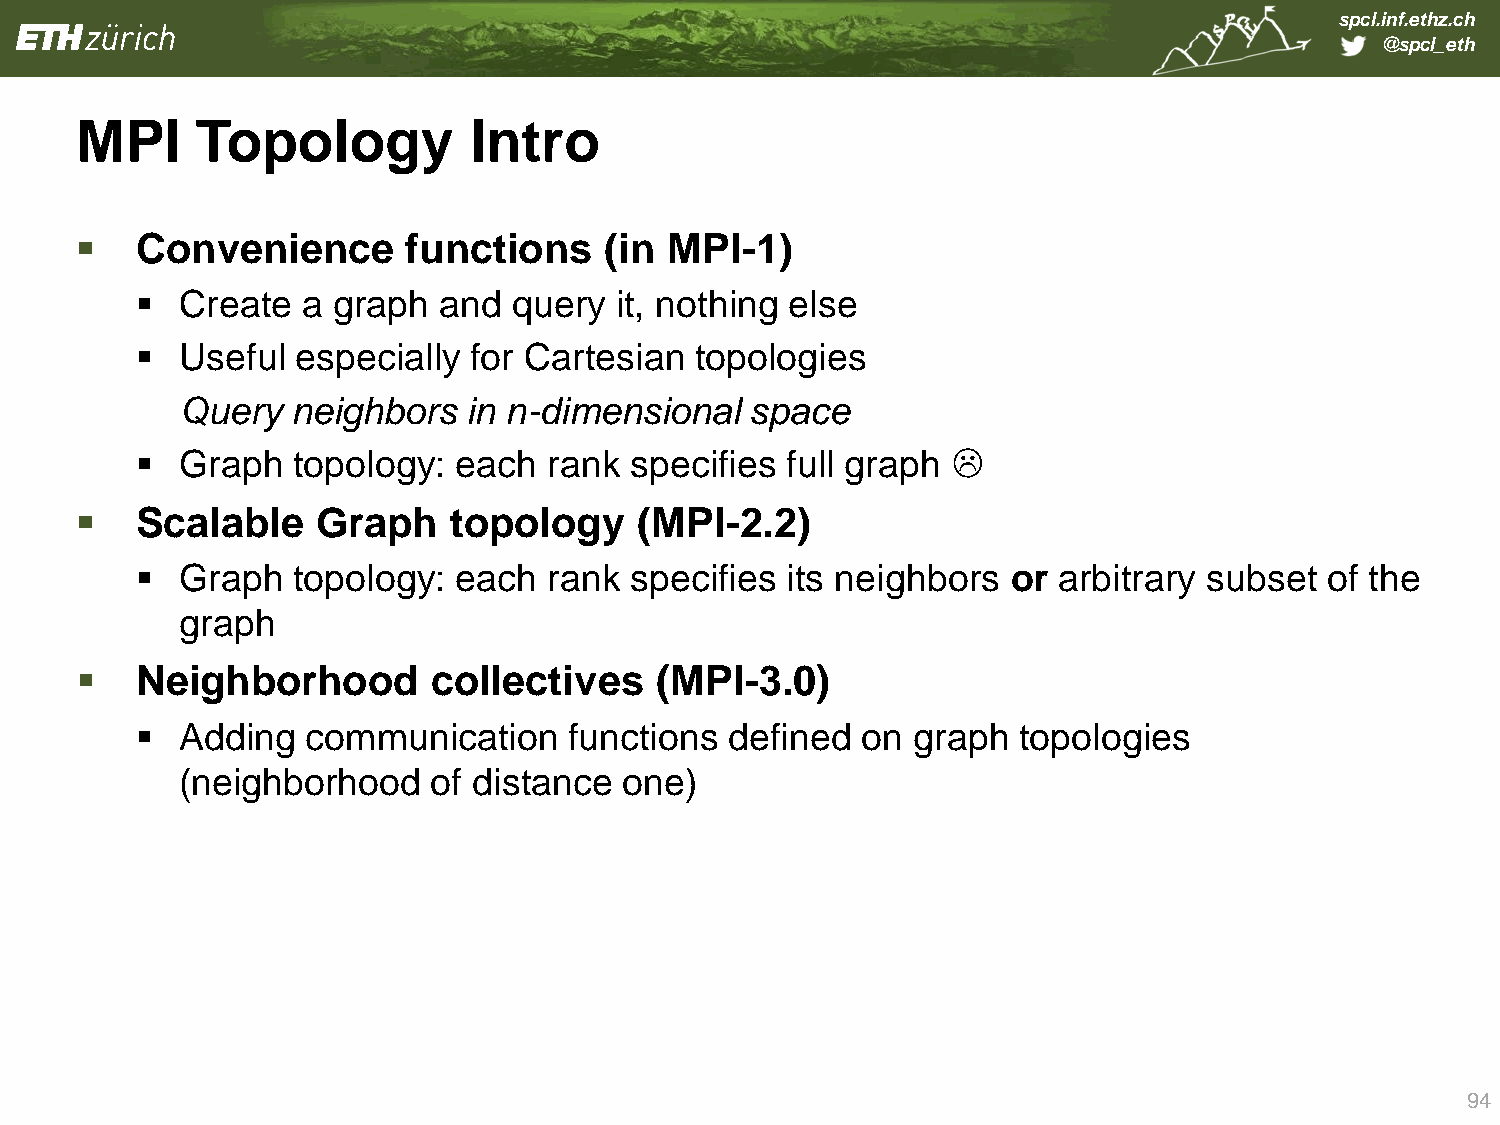
spcl.inf.ethz.ch
 @spcl_eth
 MPI     Topology          Intro
    Convenience       functions    (in MPI-1)
   Create  a graph  and  query  it, nothing else
   Useful  especially for Cartesian  topologies
 Query  neighbors   in n-dimensional   space
   Graph  topology:  each  rank  specifies full graph 
    Scalable    Graph    topology    (MPI-2.2)
   Graph  topology:  each  rank  specifies its neighbors  or arbitrary subset  of the
 graph
    Neighborhood        collectives   (MPI-3.0)
   Adding  communication     functions defined  on graph  topologies
 (neighborhood   of distance  one)
 94